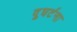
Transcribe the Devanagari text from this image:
दुघर्टना